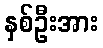
နှစ်ဦးအား